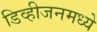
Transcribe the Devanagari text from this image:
डिव्हीजनमध्ये